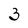
Character: 3